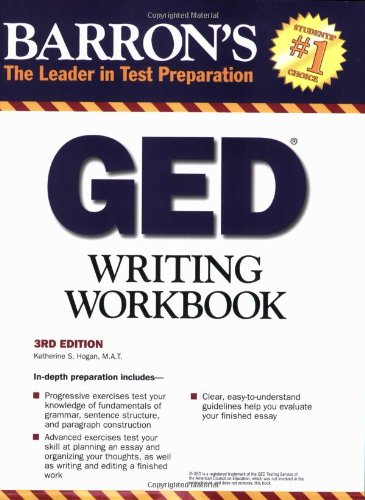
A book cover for Barron's GED Writing Workbook; Katherine Hogan; Test Preparation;